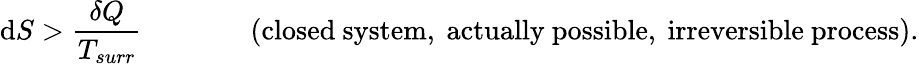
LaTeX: \mathrm{d}S>{\frac{\delta Q}{T_{surr}}}\, \, \, \, \, \, \, \, \, \, \, \, \, \, \, \, \, \, \, \, \, \, \, {\mathrm{(closed~system,~actually~possible,~irreversible~process).}}